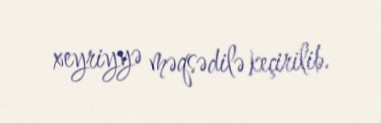
xeyriyyə məqsədilə keçirilib.